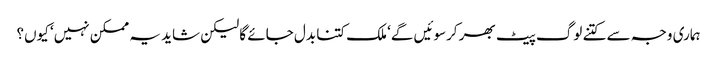
ہماری وجہ سے کتنے لوگ پیٹ بھر کرسوئیں گے‘ ملک کتنا بدل جائے گا لیکن شاید یہ ممکن نہیں‘ کیوں؟